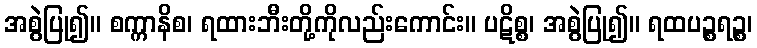
အစွဲပြု၍။ စက္ကာနိစ၊ ရထားဘီးတို့ကိုလည်းကောင်း။ ပဋိစ္စ၊ အစွဲပြု၍။ ရထပဉ္စရဉ္စ၊